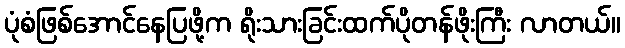
ပုံစံဖြစ်အောင်နေပြဖို့က ရိုးသားခြင်းထက်ပိုတန်ဖိုးကြီး လာတယ်။